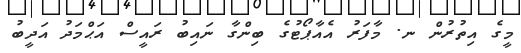
މީގެ އިތުރުން ނ. މާފަރު އެއާޕޯޓުގެ ބިންގާ ނައިބު ރައީސް އަޙްމަދު އަދީބު